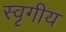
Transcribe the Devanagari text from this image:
स्वृगीय